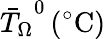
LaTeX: {\bar{T}_{\Omega}}^{0}\, (^{\circ}\mathrm{C})